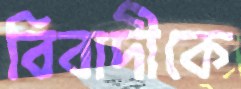
বিবাদীকে